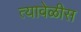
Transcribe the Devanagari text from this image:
त्यावेळीस